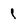
Character: l